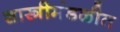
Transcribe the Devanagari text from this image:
शास्त्रीमंडळीत